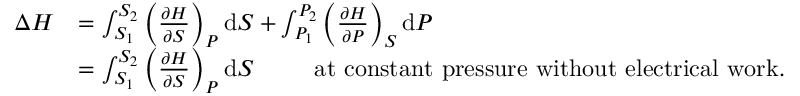
{ \begin{array} { r l } { \Delta H } & { = \int _ { S _ { 1 } } ^ { S _ { 2 } } \left( { \frac { \partial H } { \partial S } } \right) _ { P } \mathrm { d } S + \int _ { P _ { 1 } } ^ { P _ { 2 } } \left( { \frac { \partial H } { \partial P } } \right) _ { S } \mathrm { d } P } \\ & { = \int _ { S _ { 1 } } ^ { S _ { 2 } } \left( { \frac { \partial H } { \partial S } } \right) _ { P } \mathrm { d } S \, \, \, \, \, \, \, \, \, \, \, \, \, \, \, { \mathrm { a t ~ c o n s t a n t ~ p r e s s u r e ~ w i t h o u t ~ e l e c t r i c a l ~ w o r k . } } } \end{array} }